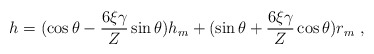
\begin{align*}h = (\cos \theta - \frac{6 \xi \gamma}{Z} \sin \theta ) h_m + (\sin \theta + \frac{6 \xi \gamma}{Z} \cos \theta) r_m \hbox{ , }\end{align*}